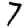
Digit: 7